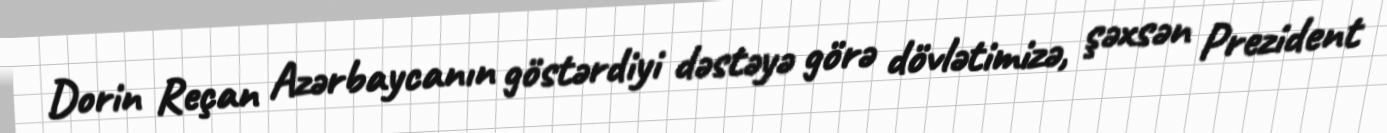
Dorin Reçan Azərbaycanın göstərdiyi dəstəyə görə dövlətimizə, şəxsən Prezident